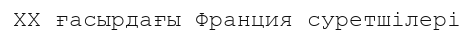
XX ғасырдағы Франция суретшілері